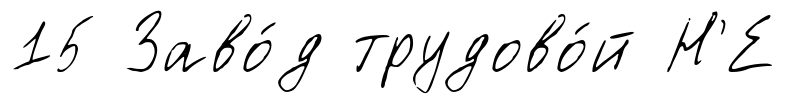
15 Заво́д трудово́й Н'Е